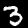
Label: 3